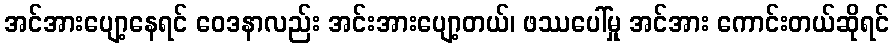
အင်အားပျော့နေရင် ဝေဒနာလည်း အင်းအားပျော့တယ်၊ ဖဿပေါ်မှု အင်အား ကောင်းတယ်ဆိုရင်